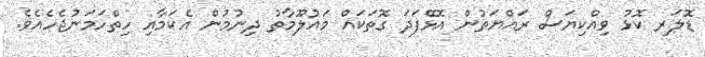
ޑޮލަރ ކޮޅު ވިއްކިޔަސް ރައްޔަތުން އޮޅޭފަދަ ގޮތަކައް މައުލޫމާތު ދިނުމުން އެކަމާއި ހިތްހަމަނުޖެހެއެވެ.